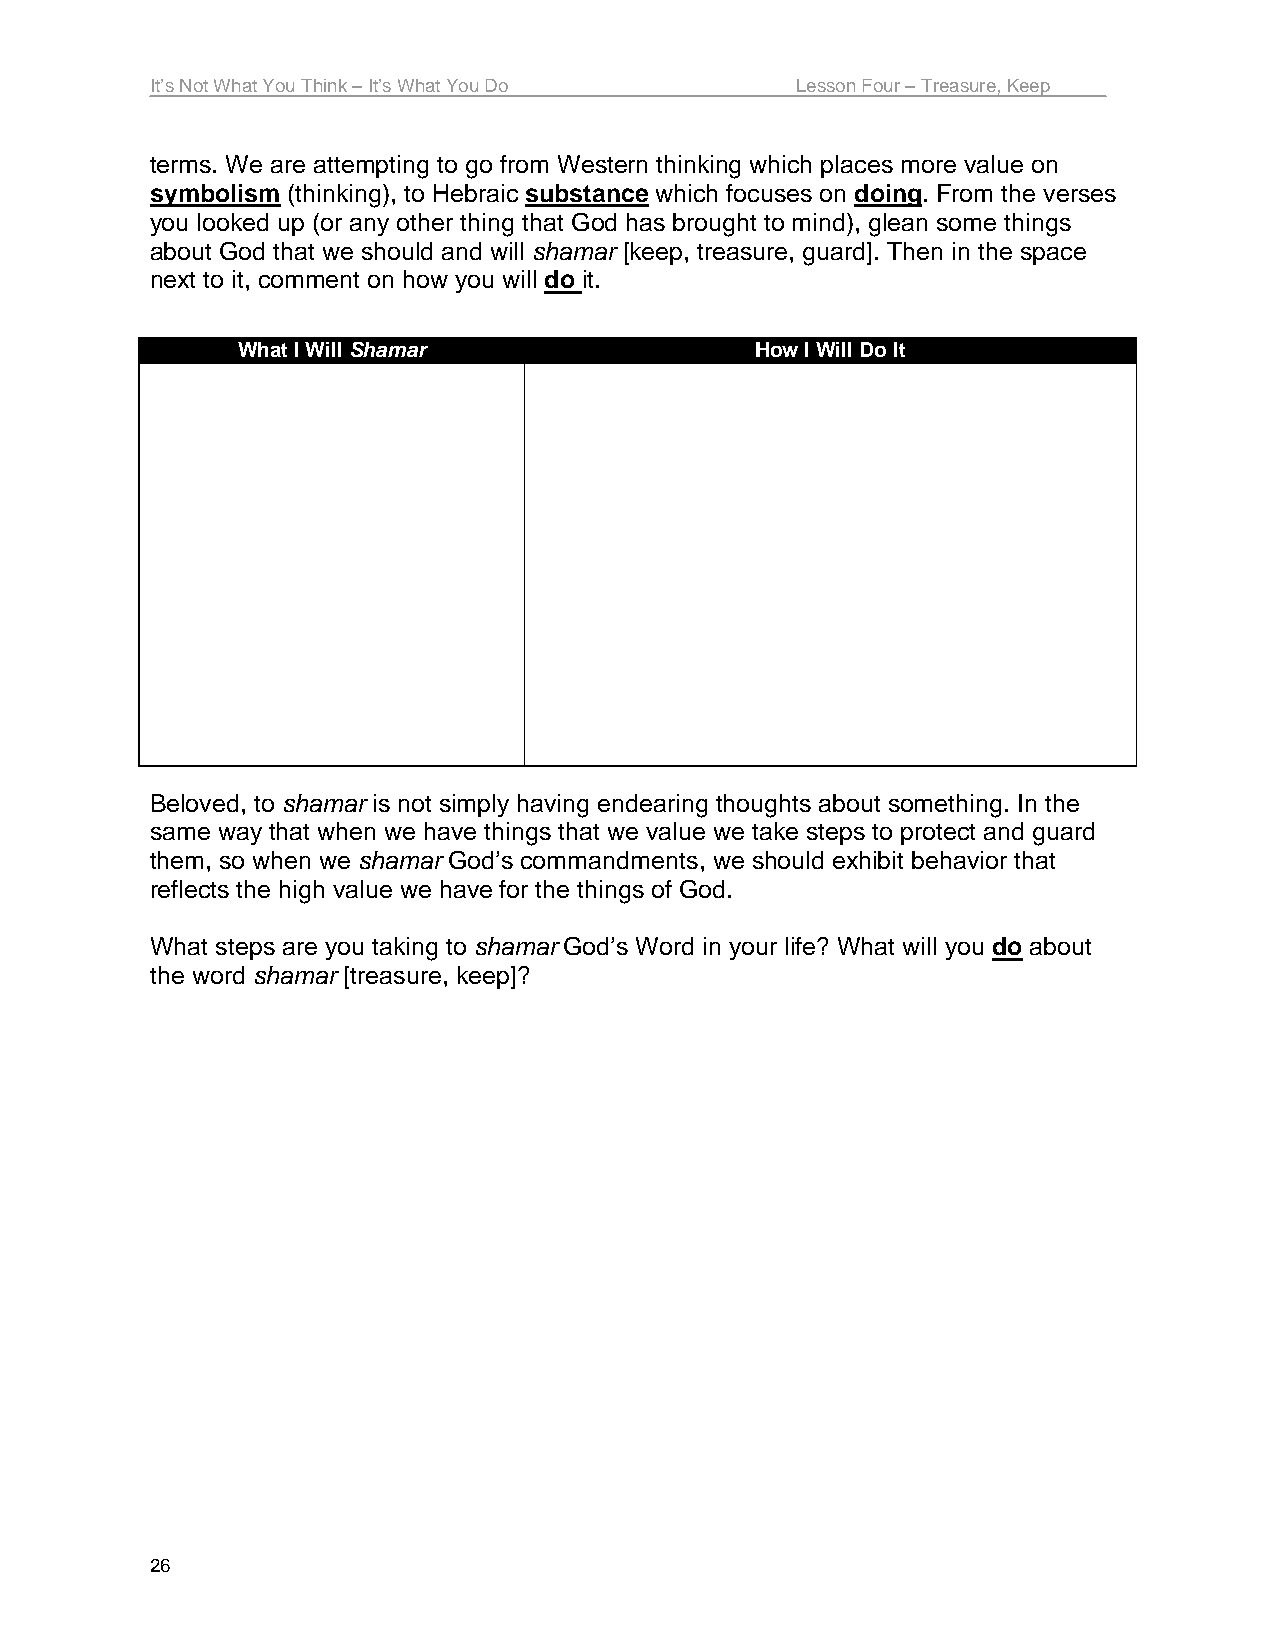
It’s Not What You Think – It’s What You Do Lesson Four – Treasure, Keep
 terms. We are attempting to go from Western thinking which places more value on
 symbolism (thinking), to Hebraic substance which focuses on doing. From the verses
 you looked up (or any other thing that God has brought to mind), glean some things
 about God that we should and will shamar [keep, treasure, guard]. Then in the space
 next to it, comment on how you will do it.
 What I Will Shamar                How I Will Do It
 Beloved, to shamar is not simply having endearing thoughts about something. In the
 same way that when we have things that we value we take steps to protect and guard
 them, so when we shamar God’s commandments, we should exhibit behavior that
 reflects the high value we have for the things of God.
 What steps are you taking to shamar God’s Word in your life? What will you do about
 the word shamar [treasure, keep]?
 26